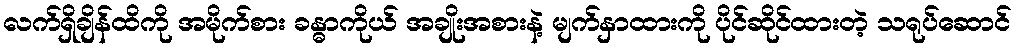
လက်ရှိချိန်ထိကို အမိုက်စား ခန္ဓာကိုယ် အချိုးအစားနဲ့ မျက်နှာထားကို ပိုင်ဆိုင်ထားတဲ့ သရုပ်ဆောင်